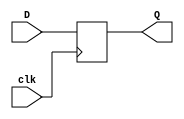
// posedge clk  : write -> Q = D
// other        : hold
module D_Flipflop (
    input clk,
    input D,
    output reg Q
);
    always @(posedge clk) begin
        Q <= D;
    end
endmodule



module D_Flipflop_tb;
    reg D, clk;
    wire Q;
    D_Flipflop D_Flipflop (
        .clk(clk),
        .D  (D),
        .Q  (Q)
    );

    initial begin
        #10 begin
            clk = 0;
            D   = 0;
            #20 clk = 1;
        end

        #10 begin
            clk = 0;
            D   = 1;
            #20 clk = 1;
        end

        #10 begin
        end
    end

    initial begin
        $dumpfile("wave.vcd");
        $dumpvars;
    end
endmodule